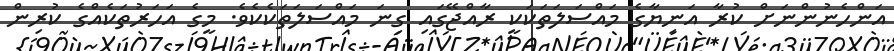
އަންހެނުންނަށް ކުރާ އަނިޔާގެ މައްސަލަތަކަކީ ރާއްޖޭގައި ގިނަ މައްސަލަތަކެކެވެ. މީގެ އަހަރުތަކެއްގެ ކުރިން